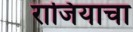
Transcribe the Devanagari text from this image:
राजियाचा